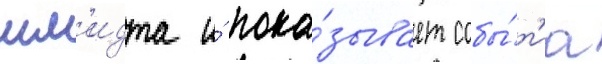
шм'идта и́ пока́зывает собы́т'иа